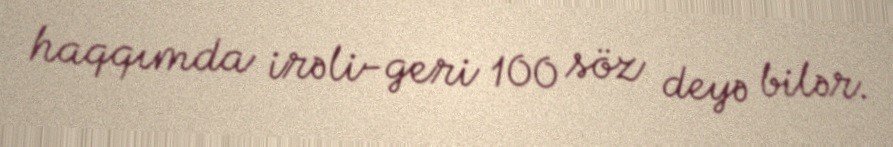
haqqımda irəli-geri 100 söz deyə bilər.